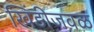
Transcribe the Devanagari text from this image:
खिंडीजवळ